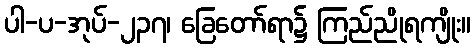
ပါ-ပ-အုပ်-၂၃၇၊ ခြေတော်ရာ၌ ကြည်ညိုရကျိုး။